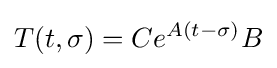
T(t,\sigma )=Ce^{A(t-\sigma )}B